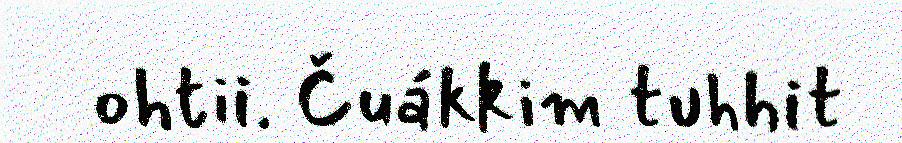
ohtii. Čuákkim tuhhit